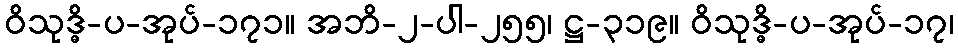
ဝိသုဒ္ဓိ-ပ-အုပ်-၁၇၁။ အဘိ-၂-ပါ-၂၅၅၊ ဋ္ဌ-၃၁၉။ ဝိသုဒ္ဓိ-ပ-အုပ်-၁၇၊